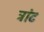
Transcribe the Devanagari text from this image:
ट्रांट